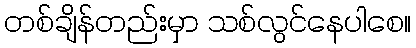
တစ်ချိန်တည်းမှာ သစ်လွင်နေပါစေ။